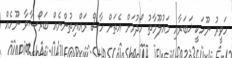
ހަވީރު ނޫހަކީ ޚަބަރާއި މައުލޫމާތު ހޯދުމަށް އެތަށް ހާސް ރައްޔިތުންނެއް ބަރޯސާވާ ނޫހެއް